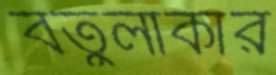
বর্তুলাকার